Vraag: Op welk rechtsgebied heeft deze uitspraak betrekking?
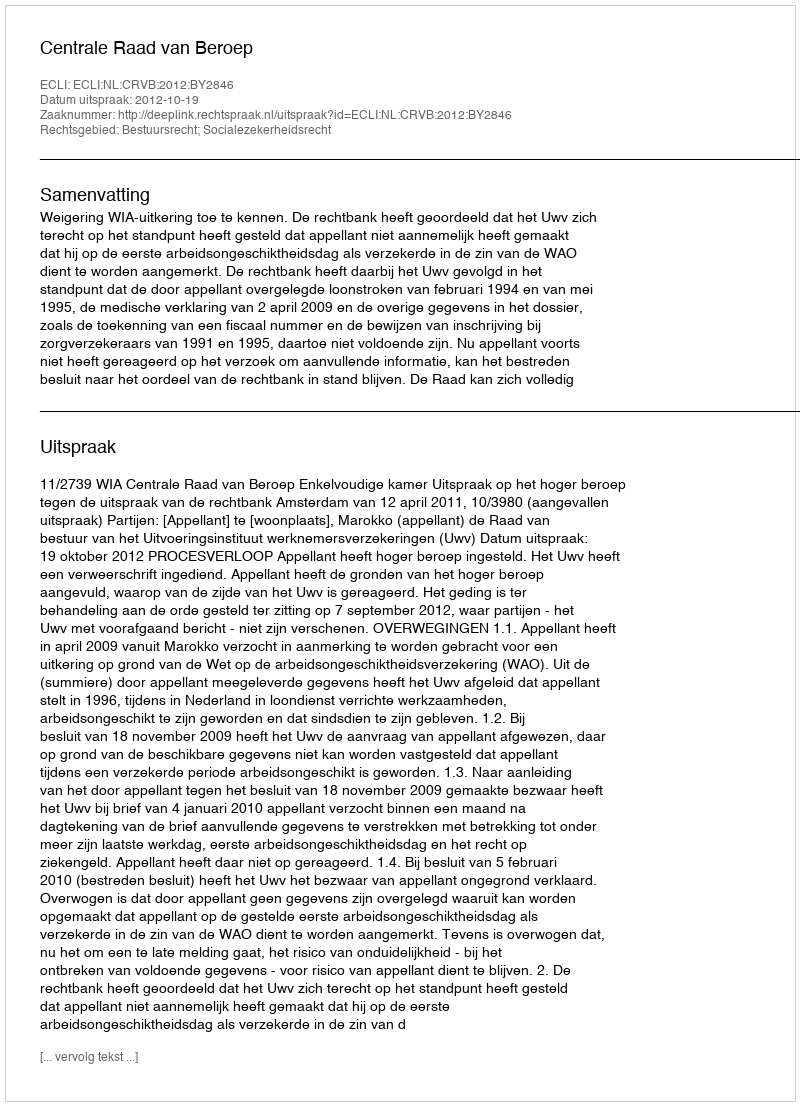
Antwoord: Bestuursrecht; Socialezekerheidsrecht